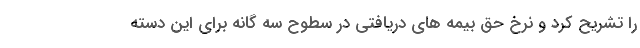
را تشریح کرد و نرخ حق بیمه های دریافتی در سطوح سه گانه برای این دسته